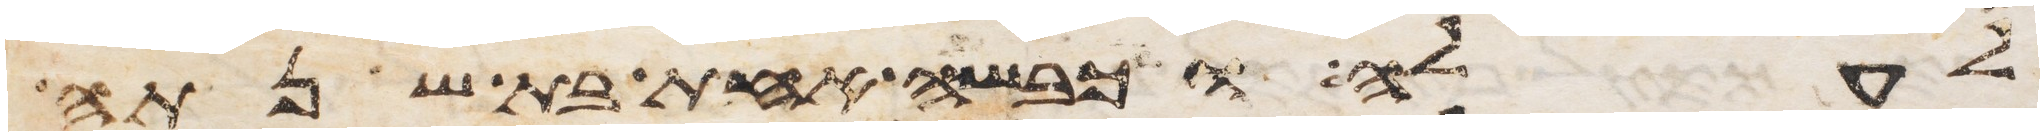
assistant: לעלה וכבשה אחת בת שנתה